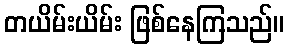
တယိမ်းယိမ်း ဖြစ်နေကြသည်။